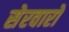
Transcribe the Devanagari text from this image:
सेरवारो